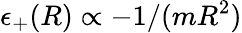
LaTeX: \epsilon_{+}(R)\propto-1/(mR^{2})